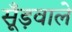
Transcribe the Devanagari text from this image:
सूँड़वाले